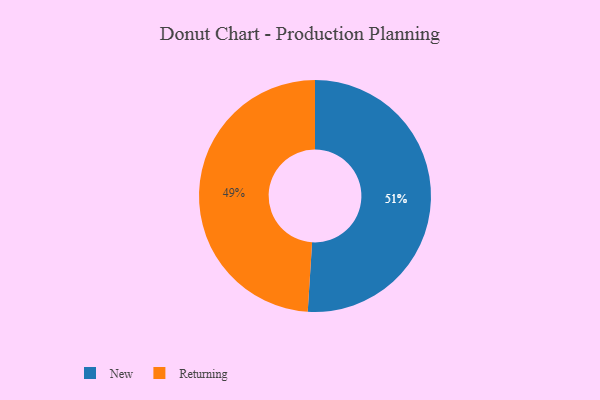
{"axis": {"x": "Category", "y": "Percentage"}, "legend": ["New", "Returning"], "data": [{"x": "Returning", "y": 49, "type": "Returning"}, {"x": "New", "y": 51, "type": "New"}]}